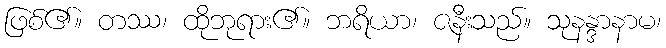
ဖြစ်၏။ တဿ၊ ထိုဘုရား၏။ ဘရိယာ၊ ဇနီးသည်။ သုနန္ဒာနာမ၊